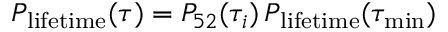
P _ { \mathrm { l i f e t i m e } } ( \tau ) = P _ { 5 2 } ( \tau _ { i } ) \, P _ { \mathrm { l i f e t i m e } } ( \tau _ { \mathrm { m i n } } )